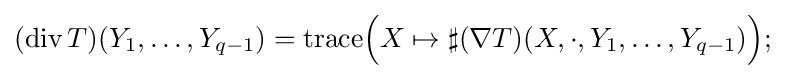
(\operatorname {div} T)(Y_{1},\ldots ,Y_{q-1})={\operatorname {trace} }{\Big (}X\mapsto \sharp (\nabla T)(X,\cdot ,Y_{1},\ldots ,Y_{q-1}){\Big )};